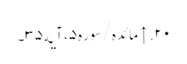
۲۰. ↑ مائده/سوره۵، آیه۳۵۔